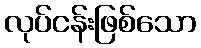
လုပ်ငန်းဖြစ်သော